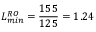
L _ { m i n } ^ { R O } = \frac { 1 5 5 } { 1 2 5 } = 1 . 2 4